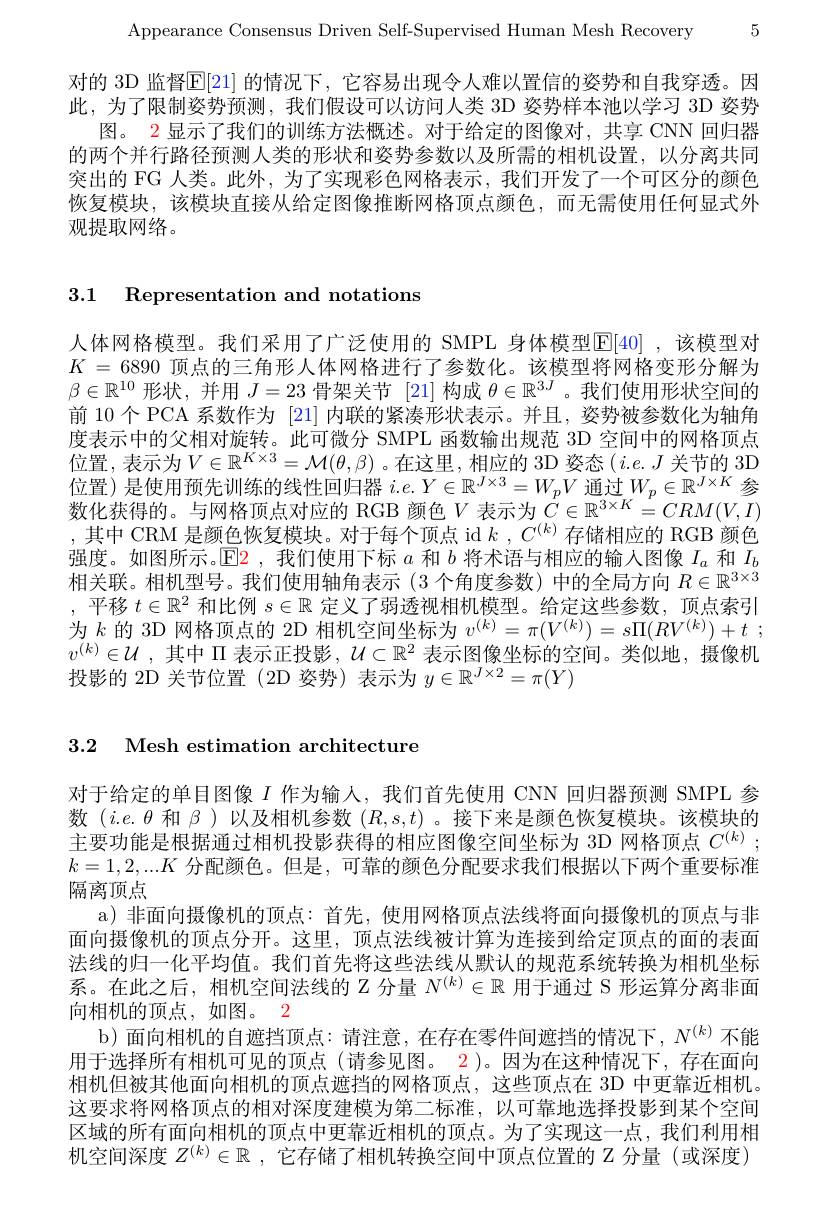
Appearance Consensus Driven Self-Supervised Human Mesh Recovery 5

对的 3D 监督$\mathbb{E}[21]$ 的情况下，它容易出现令人难以置信的姿势和自我穿透。因此，为了限制姿势预测，我们假设可以访问人类 3D 姿势样本池以学习 3D 姿势
图。2 显示了我们的训练方法概述。对于给定的图像对，共享 CNN 回归器的两个并行路径预测人类的形状和姿势参数以及所需的相机设置，以分离共同突出的 FG 人类。此外，为了实现彩色网格表示，我们开发了一个可区分的颜色恢复模块，该模块直接从给定图像推断网格顶点颜色，而无需使用任何显式外观提取网络。

3.1 Representation and notations

人体网格模型。我们采用了广泛使用的 SMPL 身体模型[F[40] ,该模型对$K=6890$顶点的三角形人体网格进行了参数化。该模型将网格变形分解为$\beta\in\mathbb{R}^{10}$形状，并用$J=23$骨架关节[21]构成$\theta\in\mathbb{R}^3J$ 。我们使用形状空间的前 10 个 PCA 系数作为 [21] 内联的紧凑形状表示。并且，姿势被参数化为轴角度表示中的父相对旋转。此可微分 SMPL 函数输出规范 3D 空间中的网格顶点位置，表示为$V\in\mathbb{R}^K\times3=\mathcal{M}(\theta,\beta)$ 。在这里，相应的 3D 姿态 $(i.e.J$ 关节的 3D 位置)是使用预先训练的线性回归器$i.e.Y\in\mathbb{R}^J\times3=W_pV$通过$W_p\in\mathbb{R}^J\times K$参数化获得的。与网格顶点对应的 RGB 颜色$V$ 表示为$\dot{C}\in\mathbb{R}^{3\times K}=CRM(V,I)$ ,其中 CRM 是颜色恢复模块。对于每个顶点 id $k$ , $C^{( k) }$存储相应的 RGB 颜色强度。如图所示。$\operatorname{E2}$ ,我们使用下标$a$和$b$将术语与相应的输人图像$I_a$和$I_b$ 相关联。相机型号。我们使用轴角表示(3 个角度参数) 中的全局方向$R\in\mathbb{R}^{3\times3}$ ,平移$t\in\mathbb{R}^2$和比例$s\in\mathbb{R}$定义了弱透视相机模型。给定这些参数，顶点索引为$k$ 的 3D 网格顶点的 2D 相机空间坐标为 $v^( k) = \pi ( V^{( k) }) = s\Pi ( RV^{( k) }) + t$ ; $v^{(k)}\in\mathcal{U}$,其中$\Pi$表示正投影 , $\mathcal{U}\subset\mathbb{R}^2$表示图像坐标的空间。类似地 ,摄像机投影的 2D 关节位置 (2D 姿势) 表示为$y\in\mathbb{R}^J\times2=\pi(Y)$

3.2 Mesh estimation architecture

对于给定的单目图像$I$作为输人，我们首先使用 CNN 回归器预测 SMPL 参数$(i.e.\theta$和$\beta)$以及相机参数$(R,s,t)$ 。接下来是颜色恢复模块。该模块的主要功能是根据通过相机投影获得的相应图像空间坐标为 3D 网格顶点$C^{(k)};$ $k=1,2,...K$分配颜色。但是，可靠的颜色分配要求我们根据以下两个重要标准隔离顶点
a)非面向摄像机的顶点：首先，使用网格顶点法线将面向摄像机的顶点与非面向摄像机的顶点分开。这里，顶点法线被计算为连接到给定顶点的面的表面法线的归一化平均值。我们首先将这些法线从默认的规范系统转换为相机坐标系。在此之后，相机空间法线的 Z 分量$N^{(k)}\in\mathbb{R}$用于通过 S 形运算分离非面向相机的顶点，如图。2
b)面向相机的自遮挡顶点：请注意，在存在零件间遮挡的情况下，$N^{(k)}$不能用于选择所有相机可见的顶点(请参见图。2)。因为在这种情况下，存在面向相机但被其他面向相机的顶点遮挡的网格顶点，这些顶点在 3D 中更靠近相机。这要求将网格顶点的相对深度建模为第二标准，以可靠地选择投影到某个空间区域的所有面向相机的顶点中更靠近相机的顶点。为了实现这一点，我们利用相机空间深度$Z^{(k)}\in\mathbb{R}$ ,它存储了相机转换空间中顶点位置的 Z 分量 (或深度)